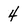
Character: 4